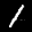
Label: 1